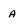
Character: a